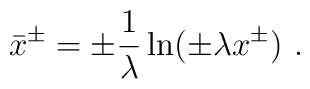
\bar x^\pm=\pm{1 \over \lambda}\ln(\pm \lambda x^\pm) \ .